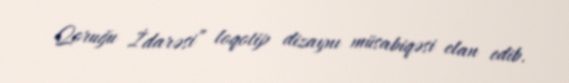
Qoruğu İdarəsi” loqotip dizaynı müsabiqəsi elan edib.